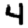
Digit: 4